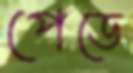
পেডে